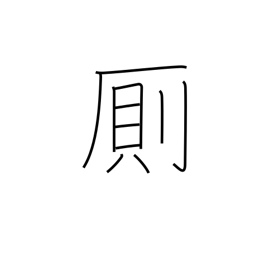
Meaning: privy